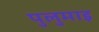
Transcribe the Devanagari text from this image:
पुलुमाइ